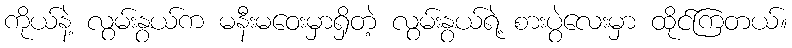
ကိုယ်နဲ့ လွမ်းနွယ်က မနီးမဝေးမှာရှိတဲ့ လွမ်းနွယ်ရဲ့ စားပွဲလေးမှာ ထိုင်ကြတယ်။